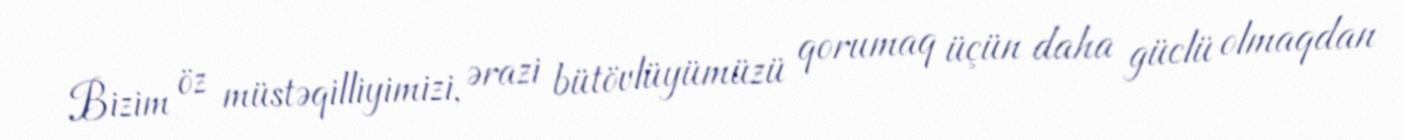
Bizim öz müstəqilliyimizi, ərazi bütövlüyümüzü qorumaq üçün daha güclü olmaqdan